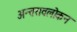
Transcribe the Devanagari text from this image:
अन्तरावलोकन